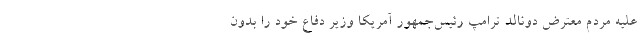
علیه مردم معترض دونالد ترامپ رئیس‌جمهور آمریکا وزیر دفاع خود را بدون